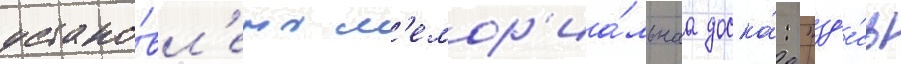
устано́вл'ена м'емор'иа́льнаа доска́: "зд'е́сь